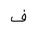
Letter: _fa